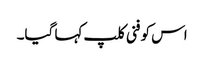
اس کو فنی کلپ کہا گیا۔